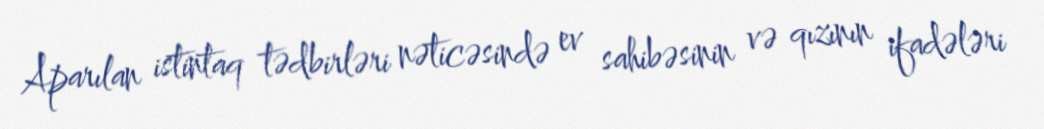
Aparılan istintaq tədbirləri nəticəsində ev sahibəsinin və qızının ifadələri